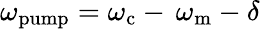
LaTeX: \omega_{\mathrm{pump}}=\omega_{\mathrm{c}}-\, \omega_{\mathrm{m}}-\delta